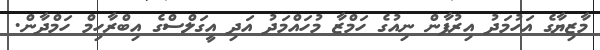
މާޒިޔާގެ އަހުމަދު އިރުފާން ނިއުގެ ހަމްޒާ މުހައްމަދު އަދި އީގަލްސްގެ އިބްރާހިމް ހަމްދާން.